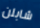
شابلن